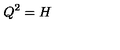
Q ^ { 2 } = H